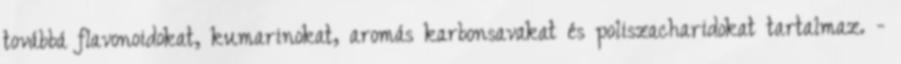
továbbá flavonoidokat, kumarinokat, aromás karbonsavakat és poliszacharidokat tartalmaz. -